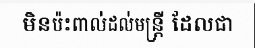
មិនប៉ះពាល់ដល់មន្ត្រី ដែលជា